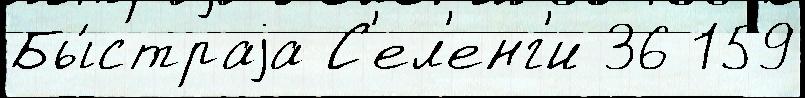
Бы́страjа С'ел'енг'и 36 159